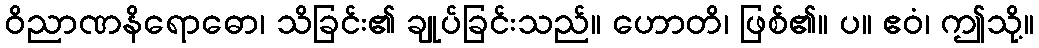
ဝိညာဏနိရောဓော၊ သိခြင်း၏ ချုပ်ခြင်းသည်။ ဟောတိ၊ ဖြစ်၏။ ပ။ ဧဝံ၊ ဤသို့။